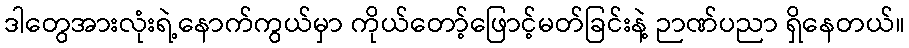
ဒါတွေအားလုံးရဲ့နောက်ကွယ်မှာ ကိုယ်တော့်ဖြောင့်မတ်ခြင်းနဲ့ ဉာဏ်ပညာ ရှိနေတယ်။